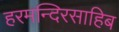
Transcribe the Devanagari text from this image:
हरमन्दिरसाहिब